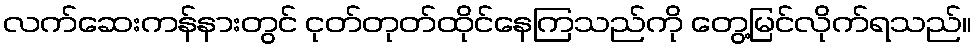
လက်ဆေးကန်နားတွင် ငုတ်တုတ်ထိုင်နေကြသည်ကို တွေ့မြင်လိုက်ရသည်။